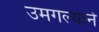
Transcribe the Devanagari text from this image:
उमगल्याने